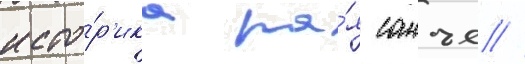
исто́р'ика ра́я санъе //